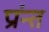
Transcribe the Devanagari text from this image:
प्रांन्त